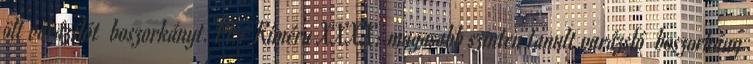
ölt varázslót boszorkányt. Pl.: Kiméra XXXX: magasabb szinten tanult varázsló boszorkány